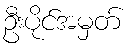
ဦးပိုင်အမှတ်